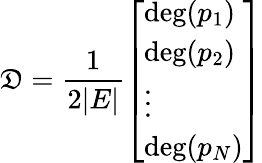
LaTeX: \mathfrak{D}={\frac{{1}}{{2|E|}}}{\left[\begin{array}{l}{\deg(p_{1})}\\ {\deg(p_{2})}\\ {\vdots}\\ {\deg(p_{N})}\end{array}\right]}